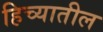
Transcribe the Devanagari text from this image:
हिच्यातील